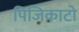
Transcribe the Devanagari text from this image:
पिजिकाटो